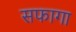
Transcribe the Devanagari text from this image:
सफागा